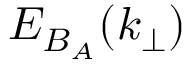
E _ { B _ { A } } ( k _ { \perp } )